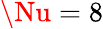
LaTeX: \Nu=8